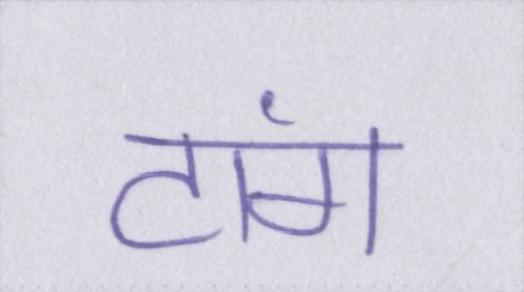
टांग